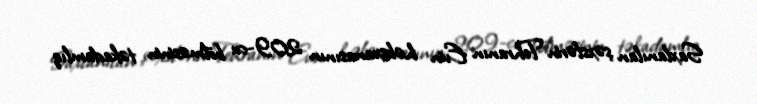
Saxlanılan şəxslərin Tehranın Evin həbsxanasının 209-cu bölməsinin təkadamlıq